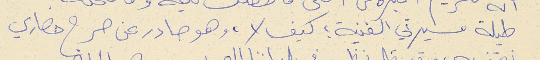
طيلة مسيرتي الفنية ؛ كيف لا، وهو صادر عن صرح حضاري